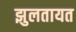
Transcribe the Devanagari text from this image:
झुलतायत